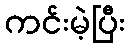
ကင်းမဲ့ပြီး